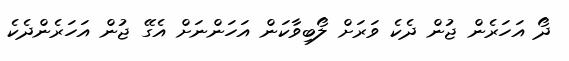
ދޯ އަހަރެން ޖުން ދެކެ ވަރަށް ލޯބިވާކަން އަހަންނަށް އެގޭ ޖުން އަހަރެންދެކެ